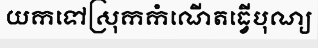
យកទៅស្រុកកំណើតធ្វើបុណ្យ